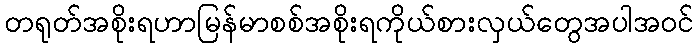
တရုတ်အစိုးရဟာမြန်မာစစ်အစိုးရကိုယ်စားလှယ်တွေအပါအဝင်